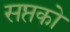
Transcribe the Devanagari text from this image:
सप्तको